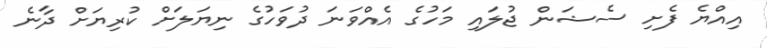
އިއްޔެ ފެށި ސެޝަން ޖުލައި މަހުގެ އެއްވަނަ ދުވަހުގެ ނިޔަލަށް ކުރިޔަށް ދާނެ